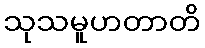
သုသမူဟတာတိ